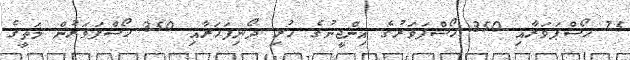
75 ހޯސްޕަވަރާއި 350 ހޯސްޕަވަރުގެ އިންޖީނުގެ ހުރި ދޯނިފަހަރާއި 350 ހޯސްޕަވަރުން މަތީގެ